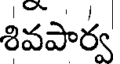
శివపార్వ